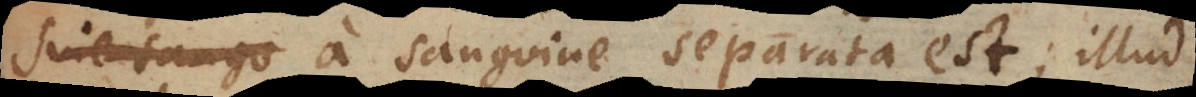
sine sangu a sanguine separata est; illud